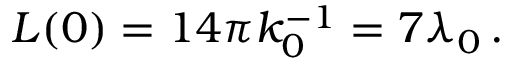
L ( 0 ) = 1 4 \pi k _ { 0 } ^ { - 1 } = 7 \lambda _ { 0 } \, .